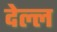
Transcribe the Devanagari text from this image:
देल्ल